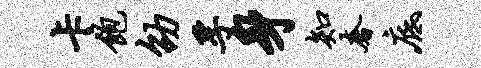
卡饱劭孚身知奢底